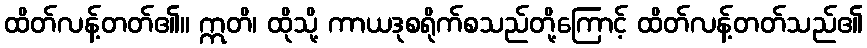
ထိတ်လန့်တတ်၏။ ဣတိ၊ ထိုသို့ ကာယဒုစရိုက်စသည်တို့ကြောင့် ထိတ်လန့်တတ်သည်၏